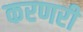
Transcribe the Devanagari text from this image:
करणरी